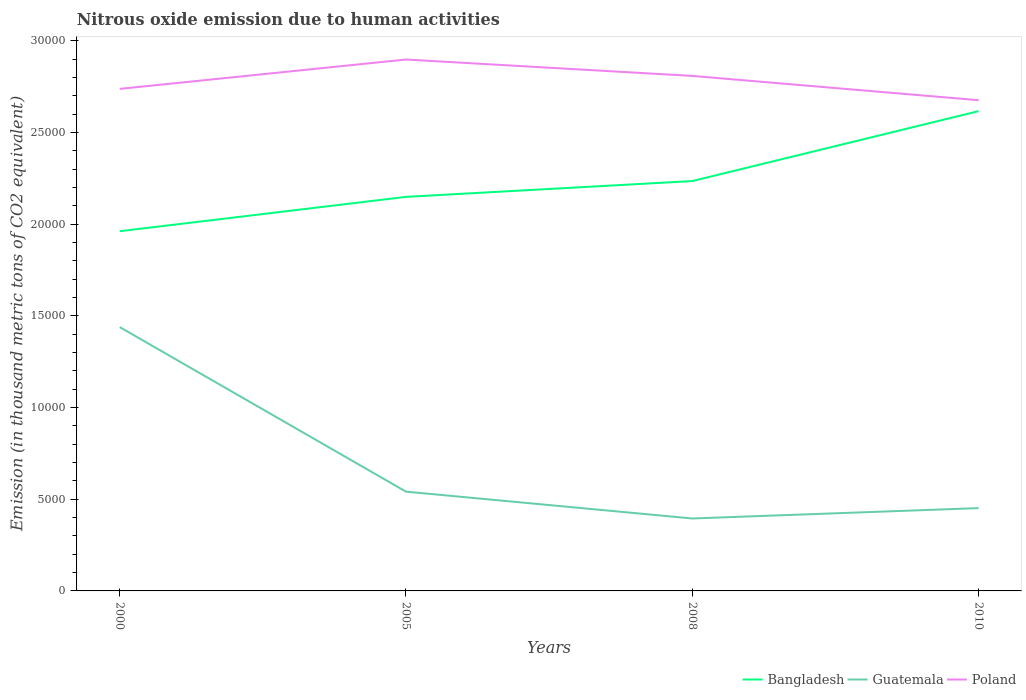
| Years | Bangladesh | Guatemala | Poland |
 | --- | --- | --- | --- |
 | 2000 | 1.96e+04 | 1.44e+04 | 2.74e+04 |
 | 2005 | 2.15e+04 | 5.41e+03 | 2.9e+04 |
 | 2008 | 2.23e+04 | 3.95e+03 | 2.81e+04 |
 | 2010 | 2.62e+04 | 4.52e+03 | 2.68e+04 |